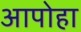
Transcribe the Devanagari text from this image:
आपोहा